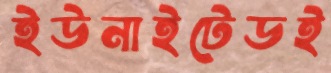
ইউনাইটেডই